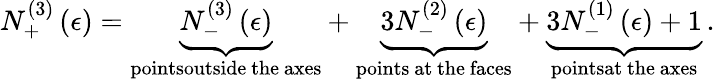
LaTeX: N_{+}^{\left(3\right)}\left(\epsilon\right)=\underset{\mathrm{pointsoutside~the~axes}}{\underbrace{N_{-}^{\left(3\right)}\left(\epsilon\right)}}+\underset{\mathrm{points~at~the~faces}}{\underbrace{3N_{-}^{\left(2\right)}\left(\epsilon\right)}}+\underset{\mathrm{pointsat~the~axes}}{\underbrace{3N_{-}^{\left(1\right)}\left(\epsilon\right)+1}}\, .